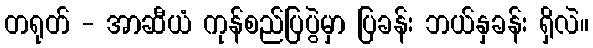
တရုတ် - အာဆီယံ ကုန်စည်ပြပွဲမှာ ပြခန်း ဘယ်နှခန်း ရှိလဲ။